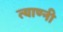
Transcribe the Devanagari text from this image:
त्याण्नी